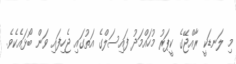
މި ލަނޑަކީ ރާއްޖޭގެ ކީޕަރު މުހައްމަދު ފައިސަލްގެ އަތުގައި ޖެހިފައި ވަން ބޯޅައެކެވެ.